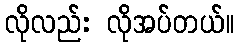
လိုလည်း လိုအပ်တယ်။